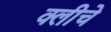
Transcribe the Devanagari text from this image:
क्लीचे